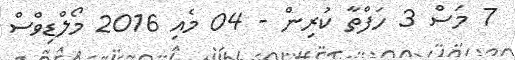
7 މަސް 3 ހަފްތާ ކުރިން - 04 މެއި 2016 މޯލްޑިވްސް